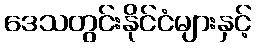
ဒေသတွင်းနိုင်ငံများနှင့်